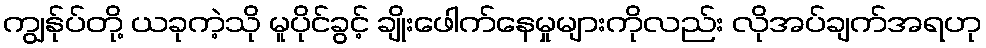
ကျွန်ုပ်တို့ ယခုကဲ့သို မူပိုင်ခွင့် ချိုးဖေါက်နေမှုများကိုလည်း လိုအပ်ချက်အရဟု